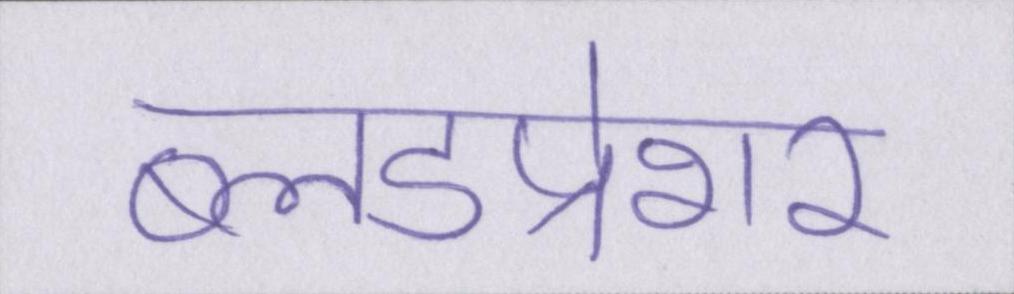
ब्लडप्रेशर